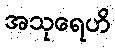
အသုရေဟိ